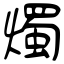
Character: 燭